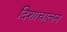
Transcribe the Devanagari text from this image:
दिशाचालन